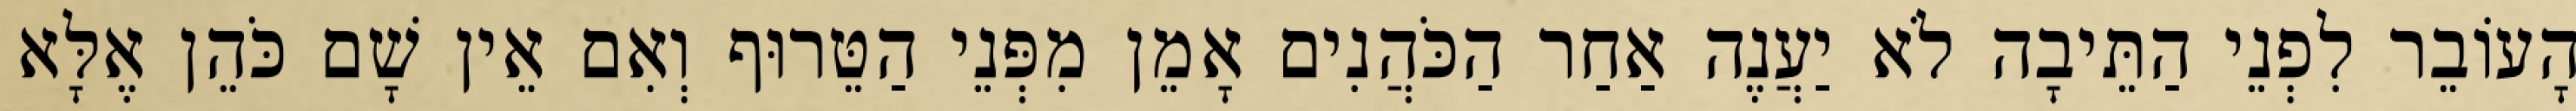
הָעוֹבֵר לִפְנֵי הַתֵּיבָה לֹא יַעֲנֶה אַחַר הַכֹּהֲנִים אָמֵן מִפְּנֵי הַטֵּרוּף וְאִם אֵין שָׁם כֹּהֵן אֶלָּא